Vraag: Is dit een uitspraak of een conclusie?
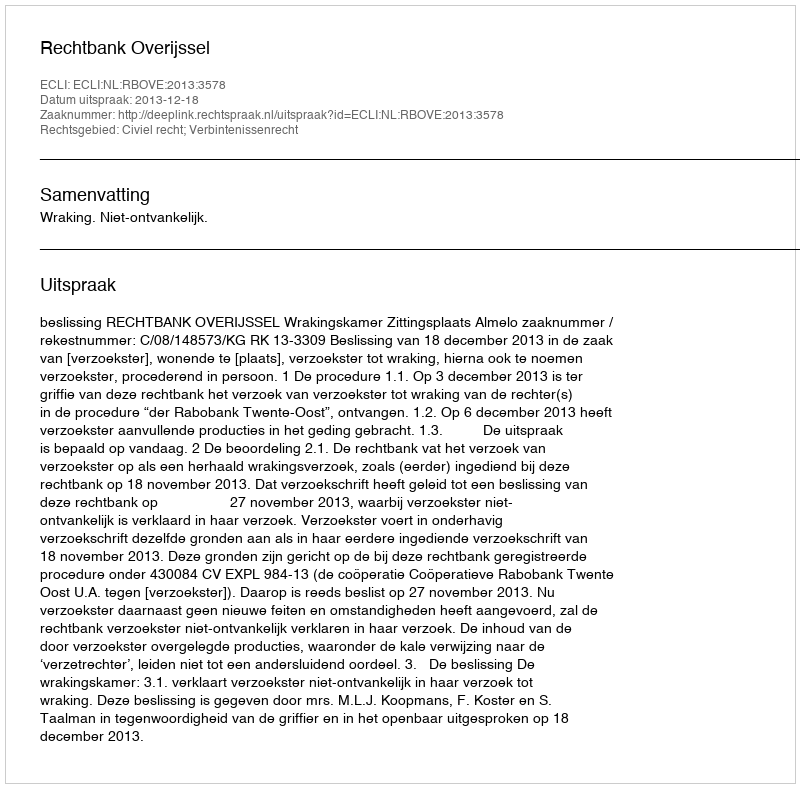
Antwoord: Uitspraak